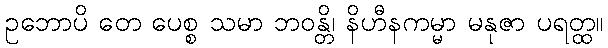
ဥဘောပိ တေ ပေစ္စ သမာ ဘဝန္တိ၊ နိဟီနကမ္မာ မနုဇာ ပရတ္ထ။